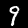
Label: 9